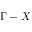
\Gamma - X